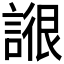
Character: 𧩺